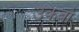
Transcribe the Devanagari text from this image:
उकबो